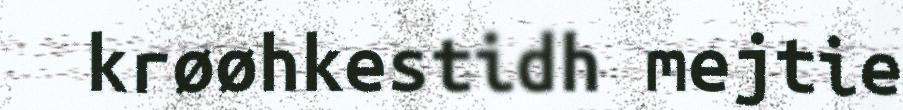
krøøhkestidh mejtie